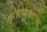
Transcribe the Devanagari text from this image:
इरशाळगडाच्या